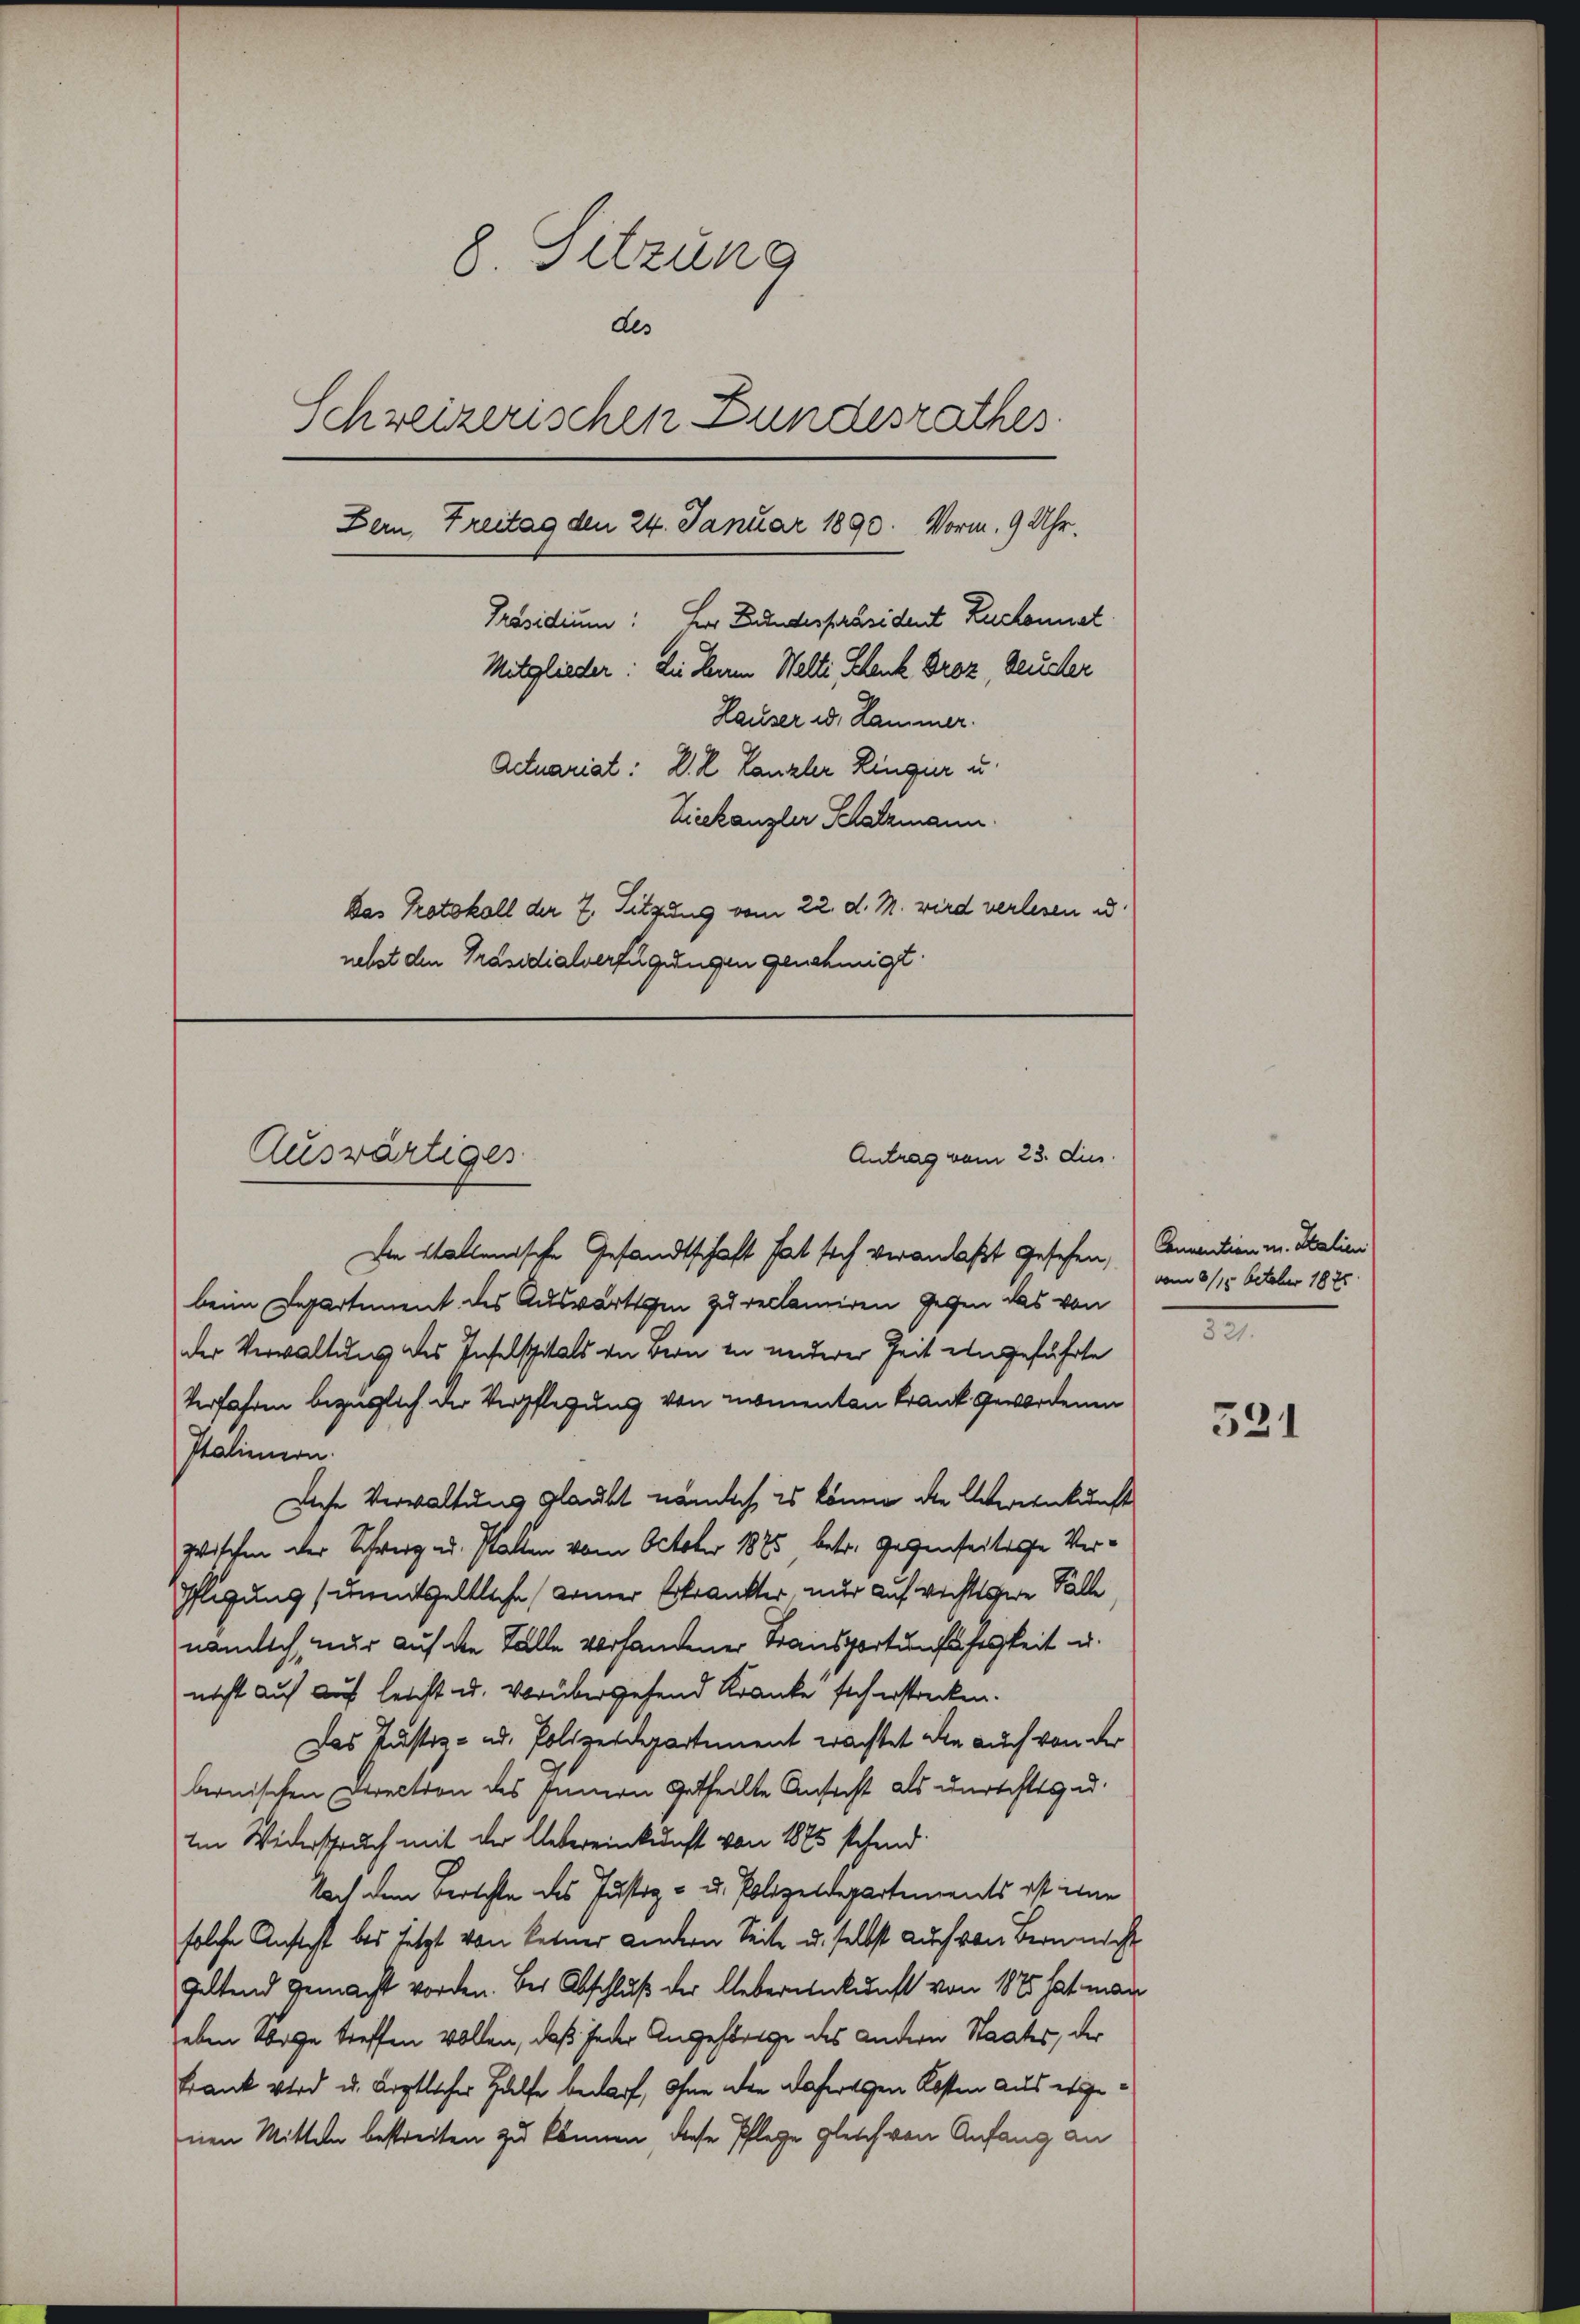
8. Sitzung
des
Schreizerischen Bundesrathes
Bern, Freitag den 24. Januar 1890. Vorm. 9 Uhr.
Präsidium. Herr Bundespräsident Ruchonet
Mitglieder: die der Welti Schank Droz, Deucher
Hauser id. Hammer.
Actuariat: D. R. Canzler Ringier u.
Liekanzler Schatzmann.
Das Protokoll der 7. Sitzung vom 22. d. M. wird verlesen u
nebst den Präsidialverfügungen genehmigt.

Auswärtiges
Antrag vom 23. dies

Die Stallenische Gesandtschaft hat sich veranlaßt gesehen, (Convention u. Italien
beim Departement des Auswärtigen zu reclamiren Gegen das von
der Verwaltung des Inselspitals von Bern zu anderer Zeit eingeführte
Verfahren bezüglich der Verpflegung von nomenten Krank gewordenen
Italienern.
Diese Verwaltung glaubt nämlich es könne die Webereinkunft
zischen der Schwerz u. Pallen vom October 1875 betr. Gegenseitige Ver¬
Pflegung (unentgeltliche Armer Erkrankter, nur auf richtsgere Fälle,
nämlich, nur auf die Fälle verhandener Transportunfähigkeit u.
nicht auf auf leicht u. vorübergehend Kranke sich erstrecken.
Das Justiz - ad. Polizeidepartement erachtet die auch von der
bernischen Direction des Innern getheilte Ansicht als unrechtsgu¬
Im Widerspruch mit der Uebereinkunft von 1875 stehend
Nach dem Berichte des Justiz- u. Polizeidepartements ist ihne
solche Ansicht bei setzt von keiner andern Seite u. selbst auch von Bern nicht
geltend gemacht worden. Bei Abschluß der Uebereinkunft von 1875 hat man
heben Sorge treffen wollen, daß jeder Angehörige des andern Staates, der
Frank wird u. ärztlicher Hülfe bedarf, ohne den dafertigen Kosten aus ergeenen Mitten bestreiten zu können, diese Pflege gleich von Anfang an

vom 8/14. October 1875
.

531